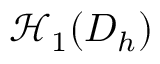
\mathcal { H } _ { 1 } ( D _ { h } )